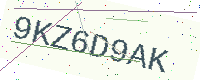
Text: 9KZ6D9AK